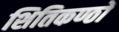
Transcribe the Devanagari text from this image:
शितिकण्ठों